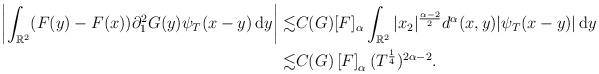
LaTeX: \begin{align*}\left| \int_{\mathbb{R}^2} (F(y) - F(x))\partial_1^2 G(y) \psi_T(x-y) \, \textrm{d}y \right|\lesssim & C(G) [F]_{\alpha} \int_{\mathbb{R}^2} |x_2 |^{\frac{\alpha -2}{2}} d^{\alpha}(x,y) | \psi_T(x - y)| \, \textrm{d} y\\\lesssim & C(G) \left[ F \right]_{\alpha} (T^{\frac{1}{4}})^{2\alpha-2}.\end{align*}